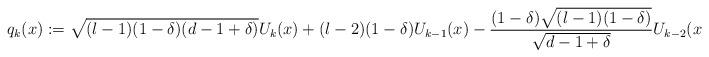
LaTeX: \begin{align*}q_k(x):=\sqrt{(l-1)(1-\delta)(d-1+\delta)}U_k(x)+(l-2)(1-\delta)U_{k-1}(x)-\frac{(1-\delta)\sqrt{(l-1)(1-\delta)}}{\sqrt{d-1+\delta}}U_{k-2}(x)\end{align*}